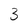
Character: 3